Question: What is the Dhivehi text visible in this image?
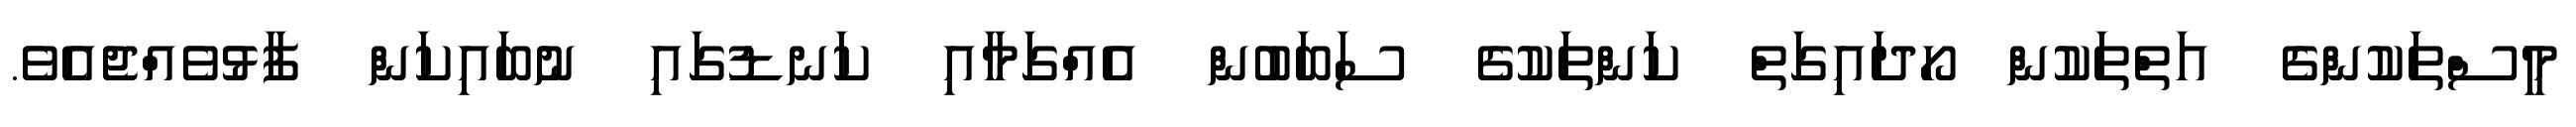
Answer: މީސްތަކުންގެ އަތްތަކުން ހޯދައިގަތް ކަންތަކުގެ ސަބަބުން އެއްގަމާއި ކަނޑުގައި ނުބައިކަން ފާޅުވެއްޖެއެވެ.